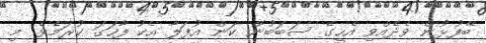
ބޭފުޅުން ވެދެއްވި އެހީގެ ސަބަބުން ކަން އުފަލާ އެކު ފާހަގަ ކުރަމެވެ. މި